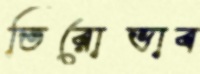
তিরোভাব